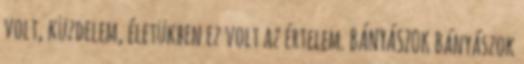
volt, küzdelem, életükben ez volt az értelem. BÁNYÁSZOK Bányászok